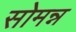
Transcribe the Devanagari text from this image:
सोमन्न